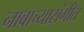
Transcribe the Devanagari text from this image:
नावाच्यासंगीत